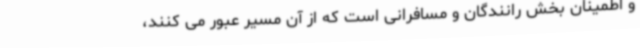
و اطمینان بخش رانندگان و مسافرانی است که از آن مسیر عبور می کنند،